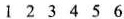
1 2 3 4 5 6